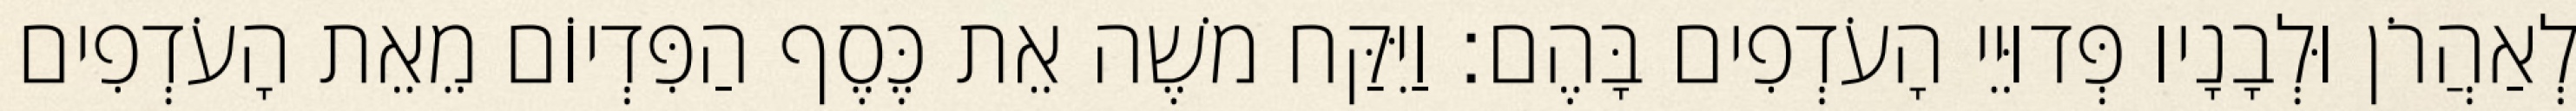
לְאַהֲרֹן וּלְבָנָיו פְּדוּיֵי הָעֹדְפִים בָּהֶם׃ וַיִּקַּח משֶׁה אֵת כֶּסֶף הַפִּדְיוֹם מֵאֵת הָעֹדְפִים